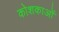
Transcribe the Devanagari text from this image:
कोशकाओं